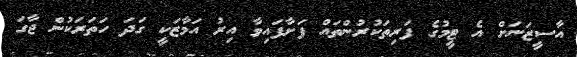
އާސީޒަނަށް އެ ޓީމުގެ ފަރިތަކުރުންތައް ފަށާފައިވާ އިރު އަމާޒަކީ ގަދަ ހަތަރަކުން ޖާގަ